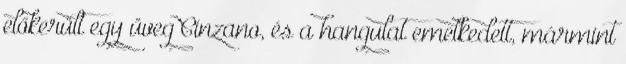
előkerült egy üveg Cinzano, és a hangulat emelkedett, mármint